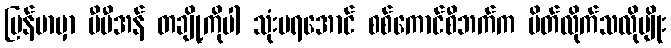
မြန်မာမှာ ဗီပီအန် တချို့ကိုပါ သုံးမရအောင် စစ်ကောင်စီဘက်က ပိတ်လိုက်သလိုမျိုး